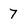
Character: 7